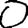
Digit: 0